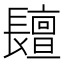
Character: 𨲷